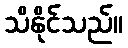
သိနိုင်သည်။